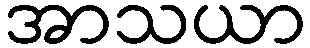
အာသယာ